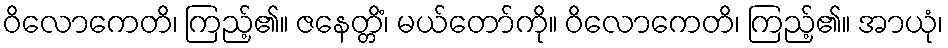
ဝိလောကေတိ၊ ကြည့်၏။ ဇနေတ္တိံ၊ မယ်တော်ကို။ ဝိလောကေတိ၊ ကြည့်၏။ အာယုံ၊